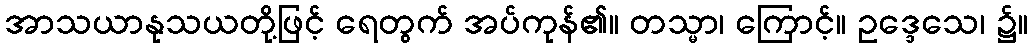
အာသယာနုသယတို့ဖြင့် ရေတွက် အပ်ကုန်၏။ တသ္မာ၊ ကြောင့်။ ဥဒ္ဒေသေ၊ ၌။